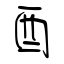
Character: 酉